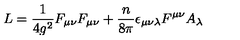
L = \frac { 1 } { 4 g ^ { 2 } } F _ { \mu \nu } F _ { \mu \nu } + \frac { n } { 8 \pi } \epsilon _ { \mu \nu \lambda } F ^ { \mu \nu } A _ { \lambda }